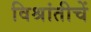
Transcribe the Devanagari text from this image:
विश्रांतीचें